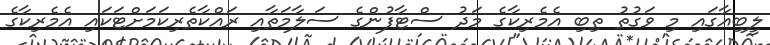
ލީބިއާގައި މި ވަގުތު ތިބި އެމެރިކާގެ މަދު ސްޓާފުންގެ ސަލާމަތާއި ރައްކާތެރިކަމަށްޓަކައި އެމެރިކާގެ